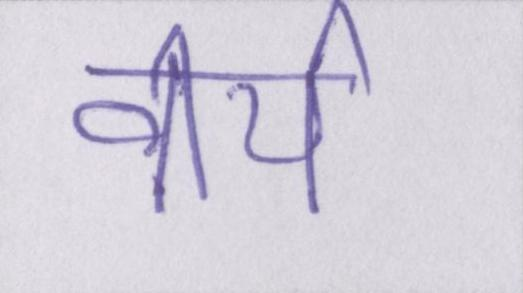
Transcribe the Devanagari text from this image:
वीर्य